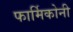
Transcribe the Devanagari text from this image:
फार्मिकोनी